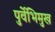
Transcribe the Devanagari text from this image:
पुर्वेभिमुख